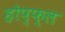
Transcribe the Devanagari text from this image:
होप्फ्ल